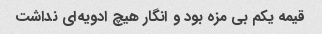
قیمه یکم بی مزه بود و انگار هیچ ادویه‌ای نداشت